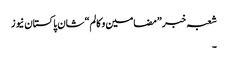
شعبہ خبر ”مضامین و کالم“ شان پاکستان نیوز
۔